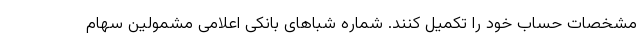
مشخصات حساب خود را تکمیل کنند. شماره شباهای بانکی اعلامی مشمولین سهام